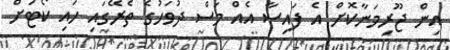
އިން ޖޫރިމަނާކޮށް އެ ފައިސާ އެއް މަސް ދުވަހުގެ ތެރޭގައި ހައި ކޯޓަށް